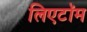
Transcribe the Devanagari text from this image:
लिएटॉम